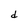
Character: d